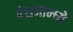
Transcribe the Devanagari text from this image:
वंशजाम्ध्ये